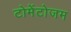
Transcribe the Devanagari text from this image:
टोमेंटोजम